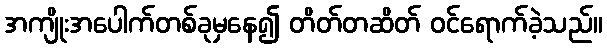
အကျိုးအပေါက်တစ်ခုမှနေ၍ တိတ်တဆိတ် ဝင်ရောက်ခဲ့သည်။